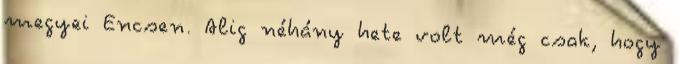
megyei Encsen. Alig néhány hete volt még csak, hogy